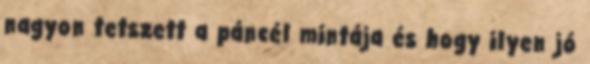
nagyon tetszett a páncél mintája és hogy ilyen jó